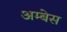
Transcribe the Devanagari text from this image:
अम्बेस